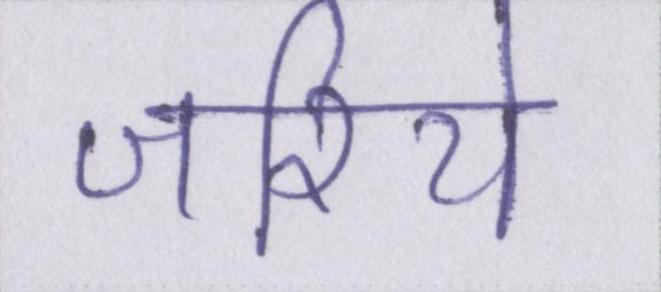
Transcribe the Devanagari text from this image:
जरिये